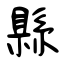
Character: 縣